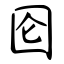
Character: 囵